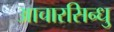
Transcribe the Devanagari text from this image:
आचारसिन्धु